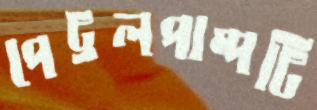
পেট্রলপাম্পটি